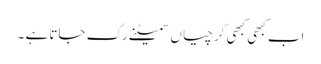
اب کبھی کبھی کرچیاں سمیٹنے رک جاتا ہے ۔